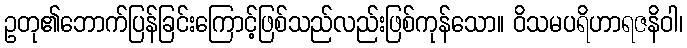
ဥတု၏ဘောက်ပြန်ခြင်းကြောင့်ဖြစ်သည်လည်းဖြစ်ကုန်သော။ ဝိသမပရိဟာရဇနိဝါ၊